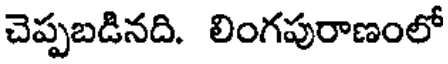
చెప్పబడినది. లింగపురాణంలో